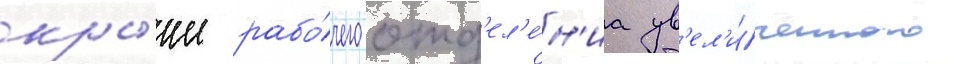
кры́ше рабо́чего отд'ел'е́н'иа ув'ел'и́ченного